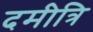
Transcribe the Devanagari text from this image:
दमीत्रि